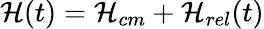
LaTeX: \mathcal{H}(t)=\mathcal{H}_{cm}+\mathcal{H}_{rel}(t)